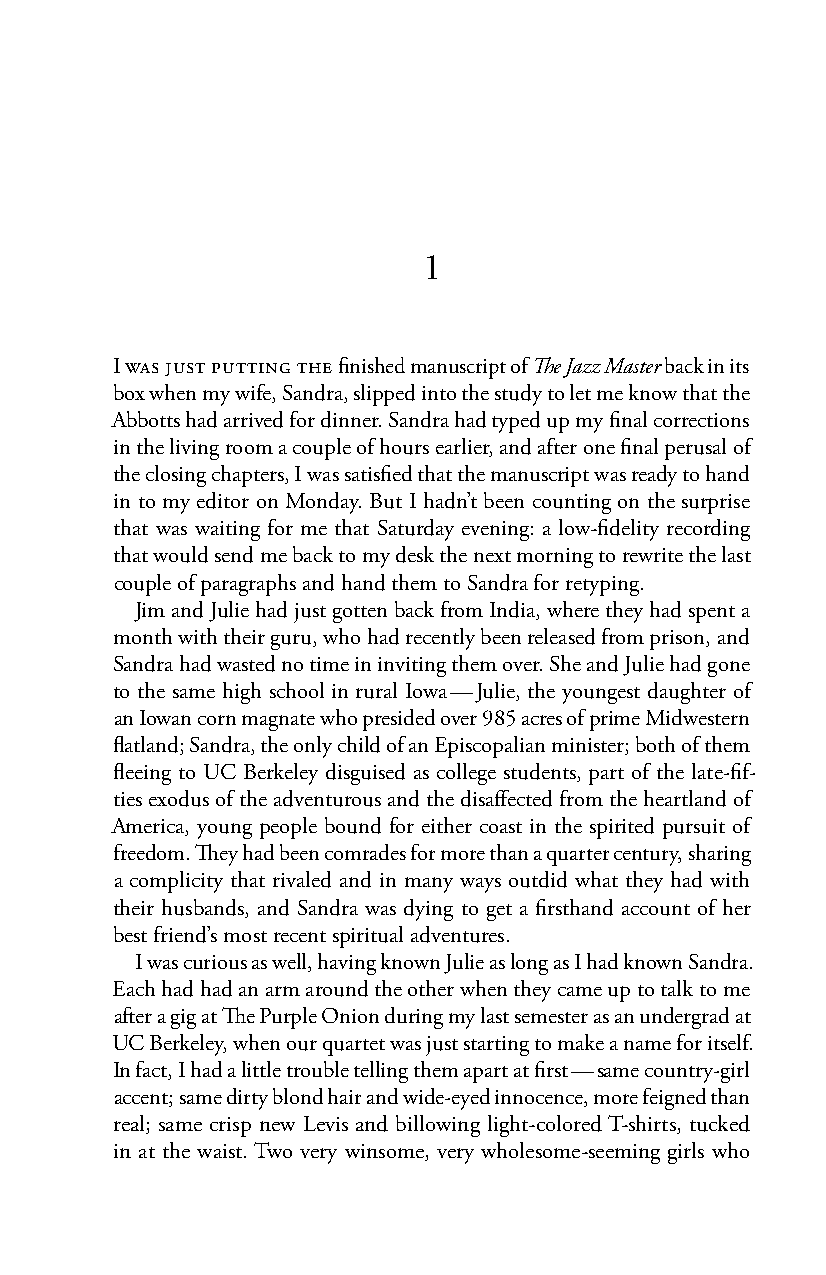
1
 I was just putting the finished manuscript of The Jazz Master back in its
 box when my wife, Sandra, slipped into the study to let me know that the
 Abbotts had arrived for dinner. Sandra had typed up my final corrections
 in the living room a couple of hours earlier, and after one final perusal of
 the closing chapters, I was satisfied that the manuscript was ready to hand
 in to my editor on Monday. But I hadn’t been counting on the surprise
 that was waiting for me that Saturday evening: a low-fidelity recording
 that would send me back to my desk the next morning to rewrite the last
 couple of paragraphs and hand them to Sandra for retyping.
 Jim and Julie had just gotten back from India, where they had spent a
 month with their guru, who had recently been released from prison, and
 Sandra had wasted no time in inviting them over. She and Julie had gone
 to the same high school in rural Iowa — Julie, the youngest daughter of
 an Iowan corn magnate who presided over 985 acres of prime Midwestern
 flatland; Sandra, the only child of an Episcopalian minister; both of them
 fleeing to UC Berkeley disguised as college students, part of the late-fif-
 ties exodus of the adventurous and the disaffected from the heartland of
 America, young people bound for either coast in the spirited pursuit of
 freedom. They had been comrades for more than a quarter century, sharing
 a complicity that rivaled and in many ways outdid what they had with
 their husbands, and Sandra was dying to get a firsthand account of her
 best friend’s most recent spiritual adventures.
 I was curious as well, having known Julie as long as I had known Sandra.
 Each had had an arm around the other when they came up to talk to me
 after a gig at The Purple Onion during my last semester as an undergrad at
 UC Berkeley, when our quartet was just starting to make a name for itself.
 In fact, I had a little trouble telling them apart at first — same country-girl
 accent; same dirty blond hair and wide-eyed innocence, more feigned than
 real; same crisp new Levis and billowing light-colored T-shirts, tucked
 in at the waist. Two very winsome, very wholesome-seeming girls who